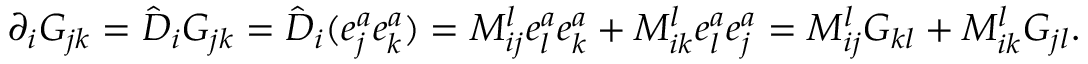
\partial _ { i } G _ { j k } = \hat { D } _ { i } G _ { j k } = \hat { D } _ { i } ( e _ { j } ^ { a } e _ { k } ^ { a } ) = M _ { i j } ^ { l } e _ { l } ^ { a } e _ { k } ^ { a } + M _ { i k } ^ { l } e _ { l } ^ { a } e _ { j } ^ { a } = M _ { i j } ^ { l } G _ { k l } + M _ { i k } ^ { l } G _ { j l } .